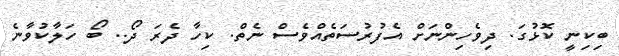
ބިކިނީ ކޮޅުގަ. ދިވެހިންނަށް އެފުރުސަތެއްވެސް ނެތް. ކިހާ ދެރަ ދޯ.. ބޯ ހަލާކުވާނެ